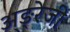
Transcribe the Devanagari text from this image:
अङ्रेजी